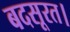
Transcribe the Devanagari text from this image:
बदसूरत।